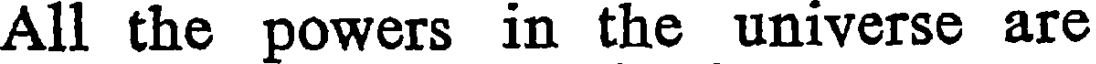
All the powers in the universe are